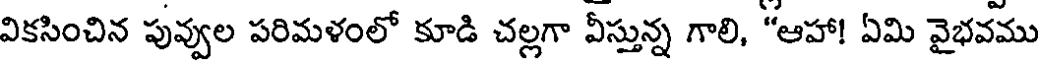
వికసించిన పువ్వుల పరిమళంలో కూడి చల్లగా వీస్తున్న గాలి, "ఆహా! ఏమి వైభవము